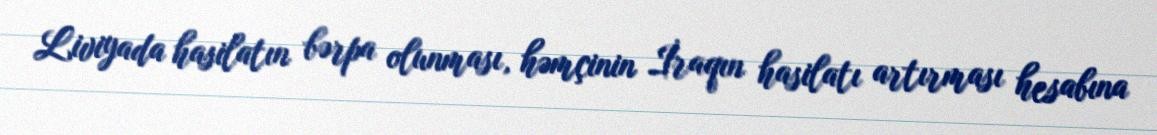
Liviyada hasilatın bərpa olunması, həmçinin İraqın hasilatı artırması hesabına